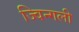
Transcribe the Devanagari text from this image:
ज्विन्गली